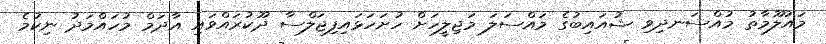
މައުލޫމާތު މުއްސަނދިވި ޝުއައިބުގެ މައްސަލަ މަޖިލީހަށް ހުށަހަޅައިފިޖަލްސާ ދޫކުރައްވައި އާދަމް މުހައްމަދު ނިކުމެ